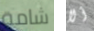
شامة ألا